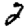
Digit: 2